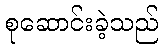
စုဆောင်းခဲ့သည်